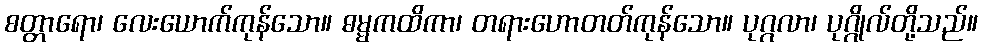
စတ္တာရော၊ လေးယောက်ကုန်သော။ ဓမ္မကထိကာ၊ တရားဟောတတ်ကုန်သော။ ပုဂ္ဂလာ၊ ပုဂ္ဂိုလ်တို့သည်။